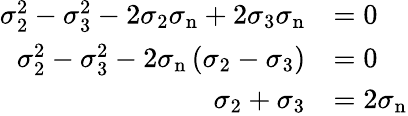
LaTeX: {\begin{array}{rl}{\sigma_{2}^{2}-\sigma_{3}^{2}-2\sigma_{2}\sigma_{\mathrm{n}}+2\sigma_{3}\sigma_{\mathrm{n}}}&{=0}\\ {\sigma_{2}^{2}-\sigma_{3}^{2}-2\sigma_{\mathrm{n}}\left(\sigma_{2}-\sigma_{3}\right)}&{=0}\\ {\sigma_{2}+\sigma_{3}}&{=2\sigma_{\mathrm{n}}}\end{array}}